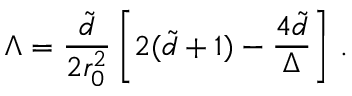
\Lambda = { \frac { \tilde { d } } { 2 r _ { 0 } ^ { 2 } } } \left[ 2 ( \tilde { d } + 1 ) - { \frac { 4 \tilde { d } } { \Delta } } \right] \, .